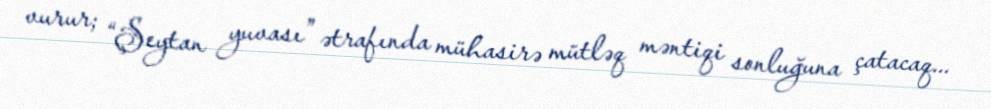
vurur; “Şeytan yuvası” ətrafında mühasirə mütləq məntiqi sonluğuna çatacaq...